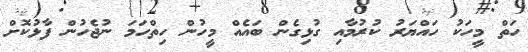
ހަތް މީހަކު ހައްޔަރު ކުރުމާއި ގުޅިގެން ބައެއް މީހުން ހިތްހަމަ ނުޖެހުން ފާޅުކޮށް